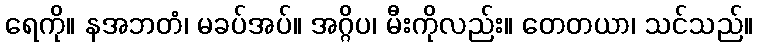
ရေကို။ နအဘတံ၊ မခပ်အပ်။ အဂ္ဂိပ၊ မီးကိုလည်း။ တေတယာ၊ သင်သည်။